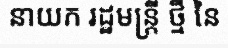
នាយក រដ្ឋមន្ត្រី ថ្មី នៃ